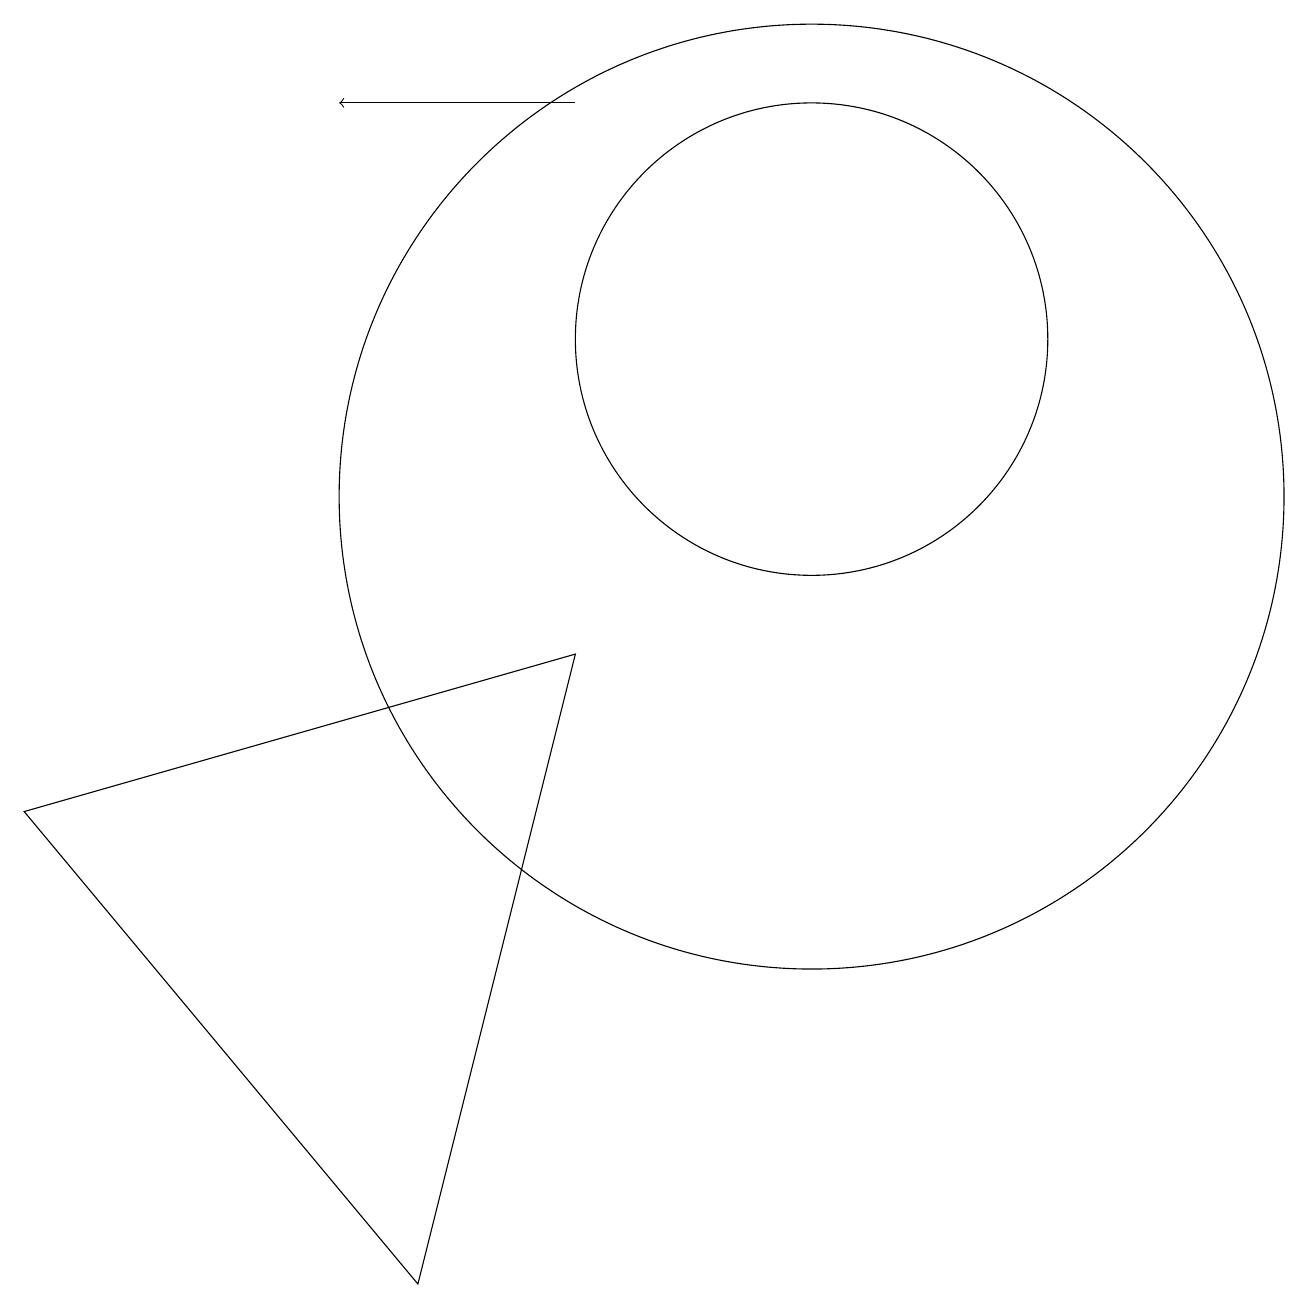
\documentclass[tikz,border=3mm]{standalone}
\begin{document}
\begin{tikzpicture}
\draw (10,12) circle (3);
\draw (0,6) -- (5,0) -- (7,8) -- cycle;
\draw[->] (7,15) -- (4,15);
\draw (10,10) circle (6);
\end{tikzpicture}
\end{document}